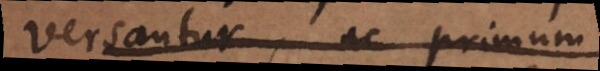
versantur, ac primum